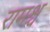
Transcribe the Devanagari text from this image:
रामश्च